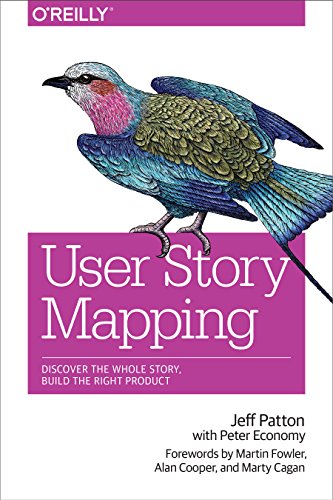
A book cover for User Story Mapping: Discover the Whole Story, Build the Right Product; Jeff Patton; Computers & Technology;